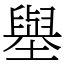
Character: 𡒊